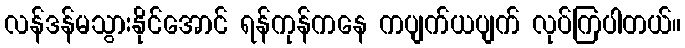
လန်ဒန်မသွားနိုင်အောင် ရန်ကုန်ကနေ ကပျက်ယပျက် လုပ်ကြပါတယ်။